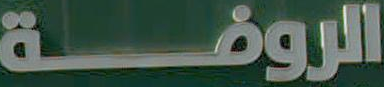
الروضة